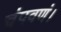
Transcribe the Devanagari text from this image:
चंपवणं।